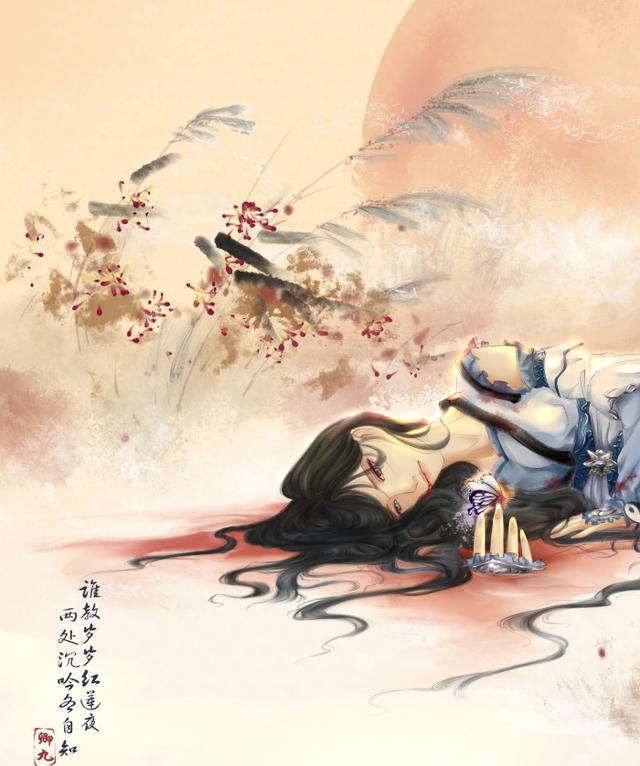
梦中未比丹青见，暗里忽惊山鸟啼。